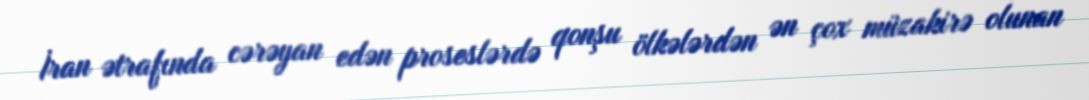
İran ətrafında cərəyan edən proseslərdə qonşu ölkələrdən ən çox müzakirə olunan